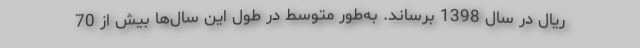
ریال در سال 1398 برساند. به‌طور متوسط در طول این سال‌ها بیش از 70